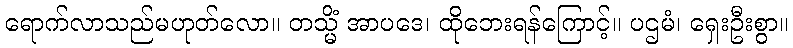
ရောက်လာသည်မဟုတ်လော။ တသ္မိံ အာပဒေ၊ ထိုဘေးရန်ကြောင့်။ ပဌမံ၊ ရှေးဦးစွာ။